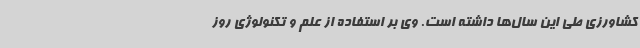
کشاورزی طی این سال‌ها داشته است. وی بر استفاده از علم و تکنولوژی روز